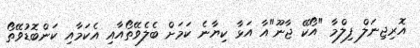
އޮރިޖިނަލް ފިލްމާ "އޯކޭ ޖާނޫ"އާ އަޅާ ކިޔާނެ ކަމަށް ބެލެވޭތޯއާއި އެކަމާއި ކަންބޮޑުވޭތޯ